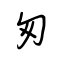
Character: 匆